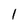
Character: 1